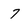
Character: 7